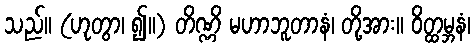
သည်။ (ဟုတွာ၊ ၍။) တိဏ္ဏိ မဟာဘူတာနံ၊ တို့အား။ ဝိတ္ထမ္ဘနံ၊